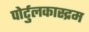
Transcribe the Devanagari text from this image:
पोर्टुलकास्द्रम